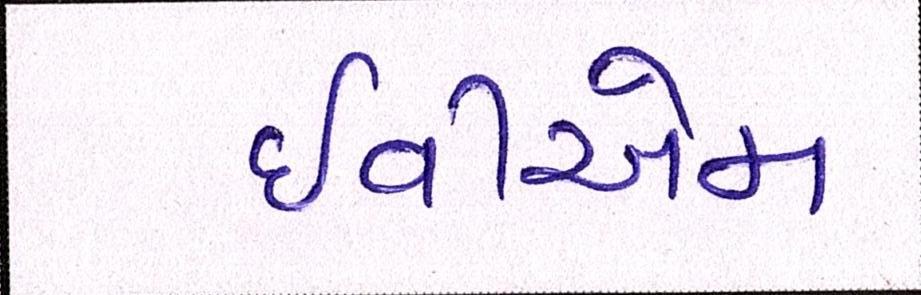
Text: ઇવીએમ